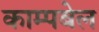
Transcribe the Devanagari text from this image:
काम्पबेल